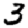
Digit: 3